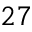
2 7